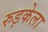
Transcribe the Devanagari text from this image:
रुड़केला